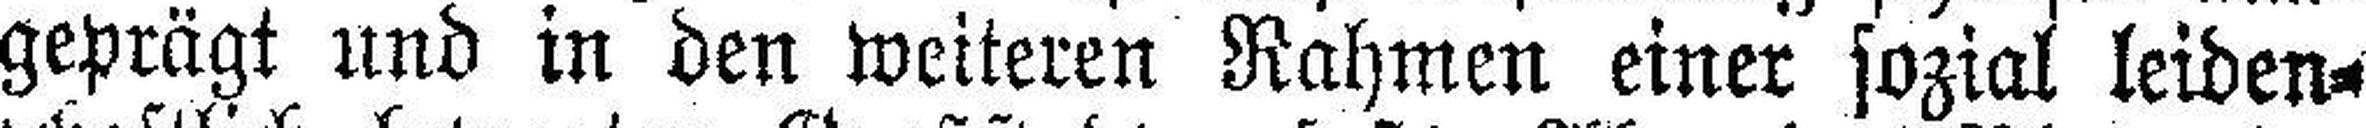
geprägt und in den weiteren Rahmen einer sozial leiden¬